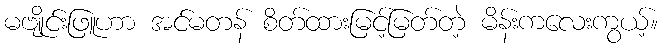
မဗျိုင်းဖြူဟာ အင်မတန် စိတ်ထားမြင့်မြတ်တဲ့ မိန်းကလေးကွယ့်။